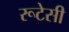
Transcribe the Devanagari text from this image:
रूटेसी